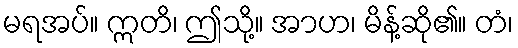
မရအပ်။ ဣတိ၊ ဤသို့။ အာဟ၊ မိန့်ဆို၏။ တံ၊